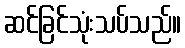
ဆင်ခြင်သုံးသပ်သည်။